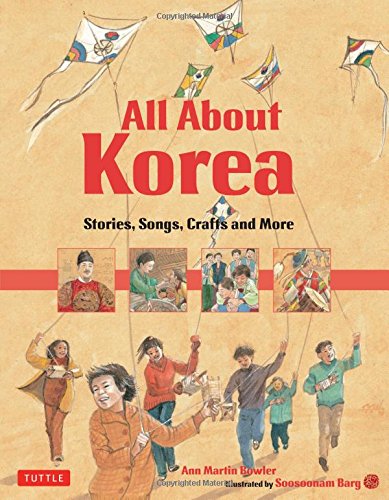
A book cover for All About Korea: Stories, Songs, Crafts and More; Ann Martin Bowler; Children's Books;